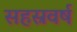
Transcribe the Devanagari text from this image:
सहस्रवर्ष